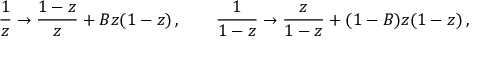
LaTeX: \frac { 1 } { z } \to \frac { 1 - z } { z } + B z ( 1 - z ) \, , \qquad \frac { 1 } { 1 - z } \to \frac { z } { 1 - z } + ( 1 - B ) z ( 1 - z ) \, ,